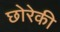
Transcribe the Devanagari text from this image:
छोरेकी